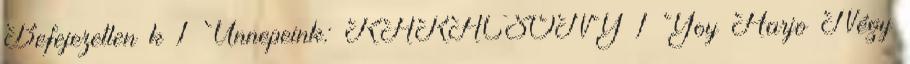
Befejezetlen k 1 Ünnepeink: KARÁCSONY 1 Yoy Harjo Négy